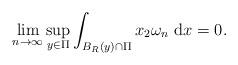
LaTeX: \begin{align*}\lim _{n \rightarrow \infty} \sup _{y \in \Pi} \int_{B_{R}(y) \cap \Pi} x_{2} \omega_{n} \mathrm{~d} x=0.\end{align*}